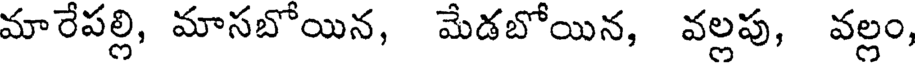
మారేపల్లి, మాసబోయిన, మేడబోయిన, వల్లపు, వల్లం,